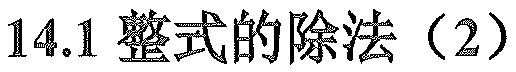
14.1 整式的除法（2）